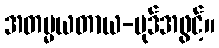
အတမ္မယတာယ-ပုဒ်အဖွင့်။